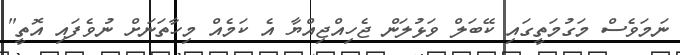
ނަމަވެސް މަގުމަތީގައި ކޭބަލް ވަޅުލަން ޖެހިއްޖިއްޔާ އެ ކަމެއް މިހާތަނަށް ނުވެފައި އޮތީ"